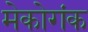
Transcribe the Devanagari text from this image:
मेकोगंक